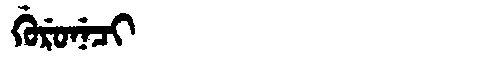
Manchu: ᡤᡠᡵᡠᠨᡝᠴᡳ
Romanization: GURUNECI